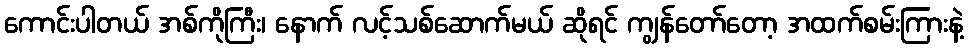
ကောင်းပါတယ် အစ်ကိုကြီး၊ နောက် လင့်သစ်ဆောက်မယ် ဆိုရင် ကျွန်တော်တော့ အထက်စမ်းကြားနဲ့